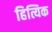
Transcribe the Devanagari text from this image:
हित्यिक